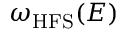
\omega _ { \mathrm { { H F S } } } ( E )